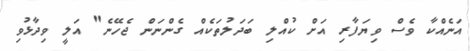
އަނެއްކާ ވެސް ވިޔަފާރި އަށް ކުއްލި ބަދަލުތަކެއް ގެންނަން ޖެހޭނެ" އަލީ ވިދާޅުވި